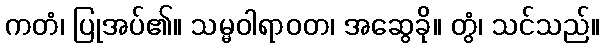
ကတံ၊ ပြုအပ်၏။ သမ္မဝါရာဝတ၊ အဆွေခို။ တွံ၊ သင်သည်။